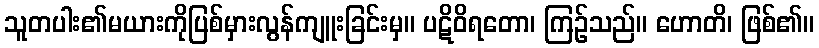
သူတပါး၏မယားကိုပြစ်မှားလွန်ကျူးခြင်းမှ။ ပဋိဝိရတော၊ ကြဉ်သည်။ ဟောတိ၊ ဖြစ်၏။